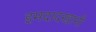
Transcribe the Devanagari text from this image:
इमदादखानी